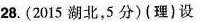
28.(2015湖北，5分)(理)设